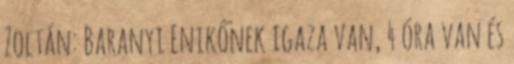
Zoltán: Baranyi Enikőnek igaza van, 4 óra van és